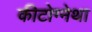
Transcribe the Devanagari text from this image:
कीटोग्नेथा